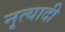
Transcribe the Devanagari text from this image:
नृत्यादी